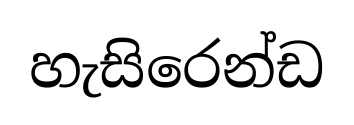
හැසිරෙන්ඩ